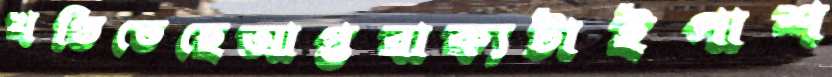
খণ্ডিতেছেআপ্তবাক্যটাইপাশ